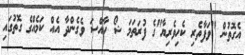
އެގޮތުން "ވަފާތެރި ކެހިވެރިޔާ"ގެ ފުރަތަމަ ޝޯ ހާއްސަ ވެގެންދާ އެއް ކަމެއްގެ ގޮތުގައި